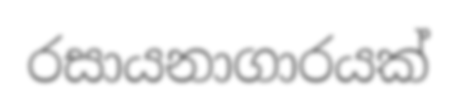
රසායනාගාරයක්